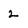
Character: 2